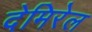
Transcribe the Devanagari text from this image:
देमिरेल